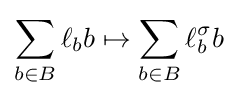
\sum _{b\in B}\ell _{b}b\mapsto \sum _{b\in B}\ell _{b}^{\sigma }b